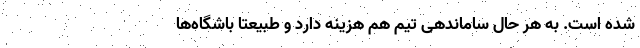
شده است. به هر حال ساماندهی تیم هم هزینه دارد و طبیعتاً باشگاه‌ها